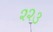
૨૨૩